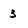
Character: 3